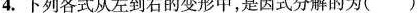
4.下列各式从左到右的变形中，是因式分解的为( )